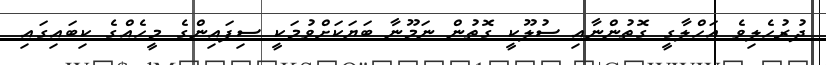
ދުރުހެލިވެ އަހްލާގީ ގޮތުންނާއި ސުލޫކީ ގޮތުން ނަމޫނާ ބަޔަކަށްވުމަކީ ސިފައިންގެ މީހެއްގެ ކިބައިގައި